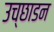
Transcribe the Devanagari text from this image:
उच्छाडन